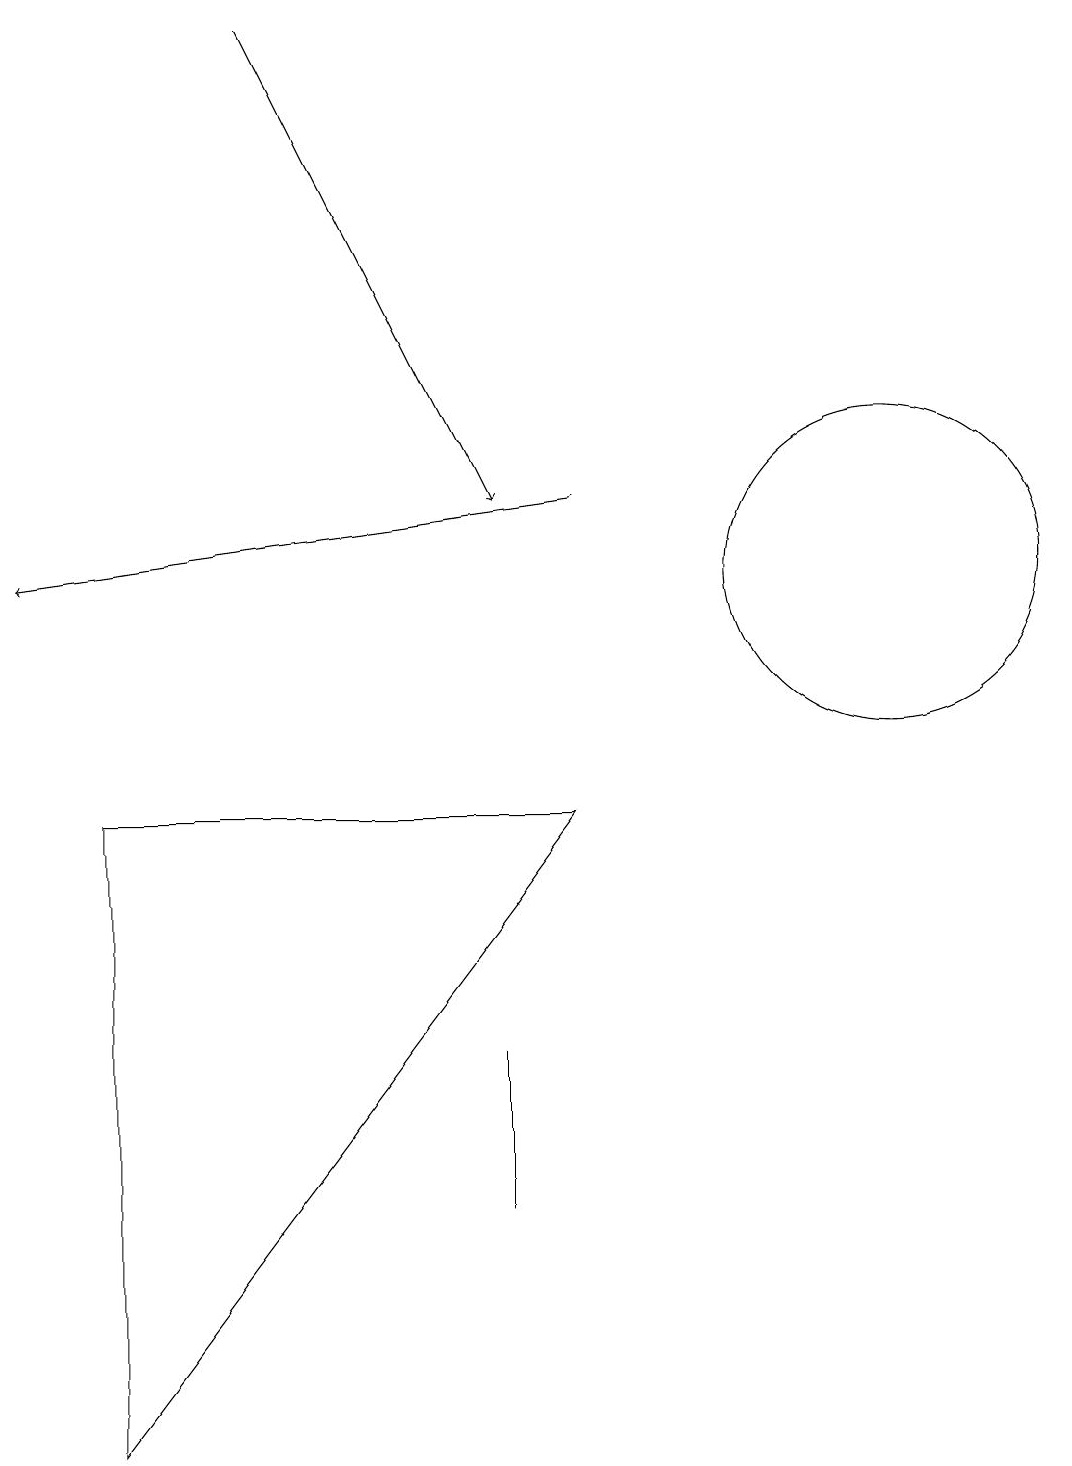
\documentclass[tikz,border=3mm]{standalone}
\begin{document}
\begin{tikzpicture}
\draw[->] (3,19) -- (6,13);
\draw (6,6) -- (6,4) -- (6,6) -- cycle;
\draw[->] (7,13) -- (0,12);
\draw (11,12) circle (2);
\draw (1,1) -- (7,9) -- (1,9) -- cycle;
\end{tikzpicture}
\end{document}